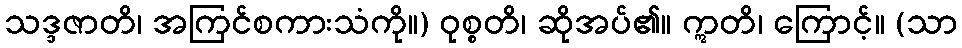
သဒ္ဒဇာတိ၊ အကြင်စကားသံကို။) ဝုစ္စတိ၊ ဆိုအပ်၏။ ဣတိ၊ ကြောင့်။ (သာ